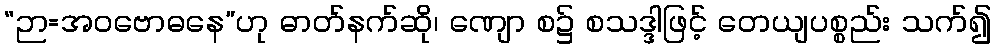
“ဉာ=အဝဗောဓနေ”ဟု ဓာတ်နက်ဆို၊ ဏျော စ၌ စသဒ္ဒါဖြင့် တေယျပစ္စည်း သက်၍